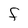
Character: F